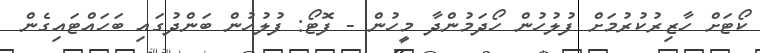
ކޯޓަށް ހާޒިރުކުރުމަށް ފުލުހުން ހޯދަމުންދާ މީހުން - ފޮޓޯ: ފުލުހުން ބަންދުގައި ބަހައްޓައިގެން